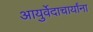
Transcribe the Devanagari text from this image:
आयुर्वेदाचार्यांना